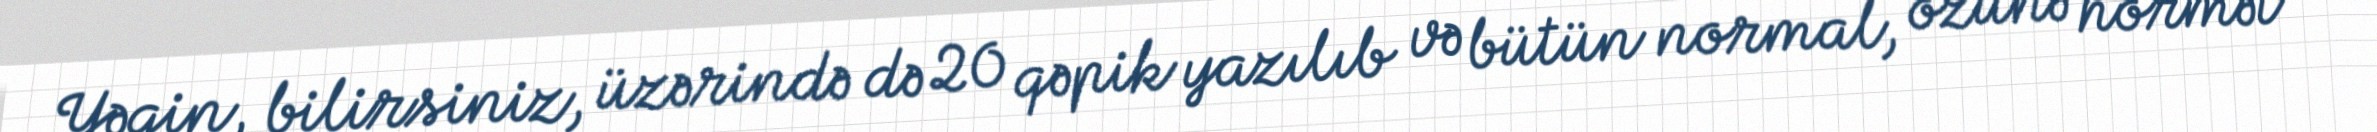
Yəqin, bilirsiniz, üzərində də 20 qəpik yazılıb və bütün normal, özünə hörmət